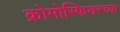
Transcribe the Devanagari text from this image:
क्रोमोस्फियरच्या